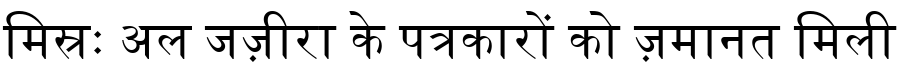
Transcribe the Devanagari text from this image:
मिस्रः अल जज़ीरा के पत्रकारों को ज़मानत मिली